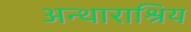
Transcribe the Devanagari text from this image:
अन्थाराश्रिय